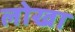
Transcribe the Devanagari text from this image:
लोखा